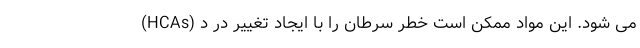
(HCAs) می شود. این مواد ممکن است خطر سرطان را با ایجاد تغییر در د